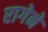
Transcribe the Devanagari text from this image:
रागेने